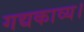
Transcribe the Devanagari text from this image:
गद्यकाव्य।